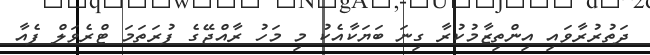
ދަތުރުރާވައި އިންތިޒާމުކުރާ ގިނަ ބަޔަކާއެކު މި މަހު ރާއްޖޭގެ ފުރަތަމަ ޓްރެވަލް ފެއާ